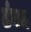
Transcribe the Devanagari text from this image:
टंगन